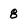
Character: 8